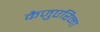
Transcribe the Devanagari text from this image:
कैज़ुएरिना